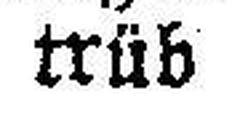
trüb